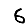
Digit: 6